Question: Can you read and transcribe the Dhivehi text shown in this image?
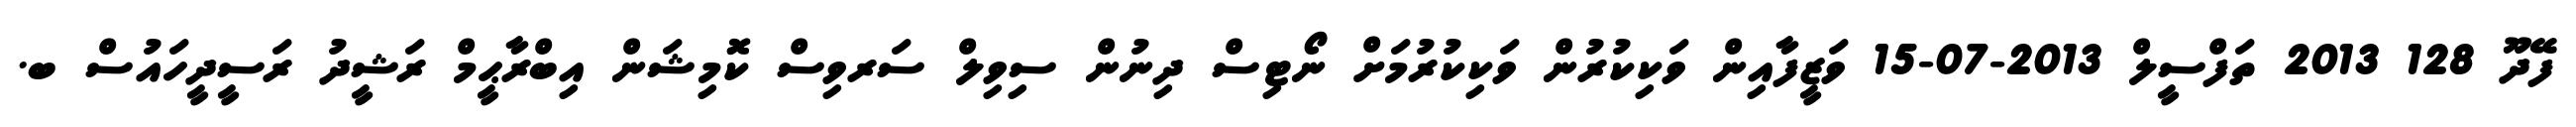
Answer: ފޭދޫ 128 2013 ތަފްސީލް 2013-07-15 ވަޒީފާއިން ވަކިކުރުން ވަކިކުރުމަށް ނޯޓިސް ދިނުން ސިވިލް ސަރވިސް ކޮމިޝަން އިބްރާޙީމް ރަޝީދު ރަސީދީހައުސް ބ.